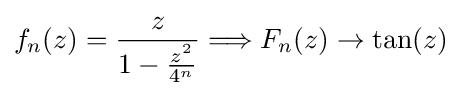
f_{n}(z)={\frac {z}{1-{\tfrac {z^{2}}{4^{n}}}}}\Longrightarrow F_{n}(z)\to \tan(z)